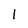
Character: l